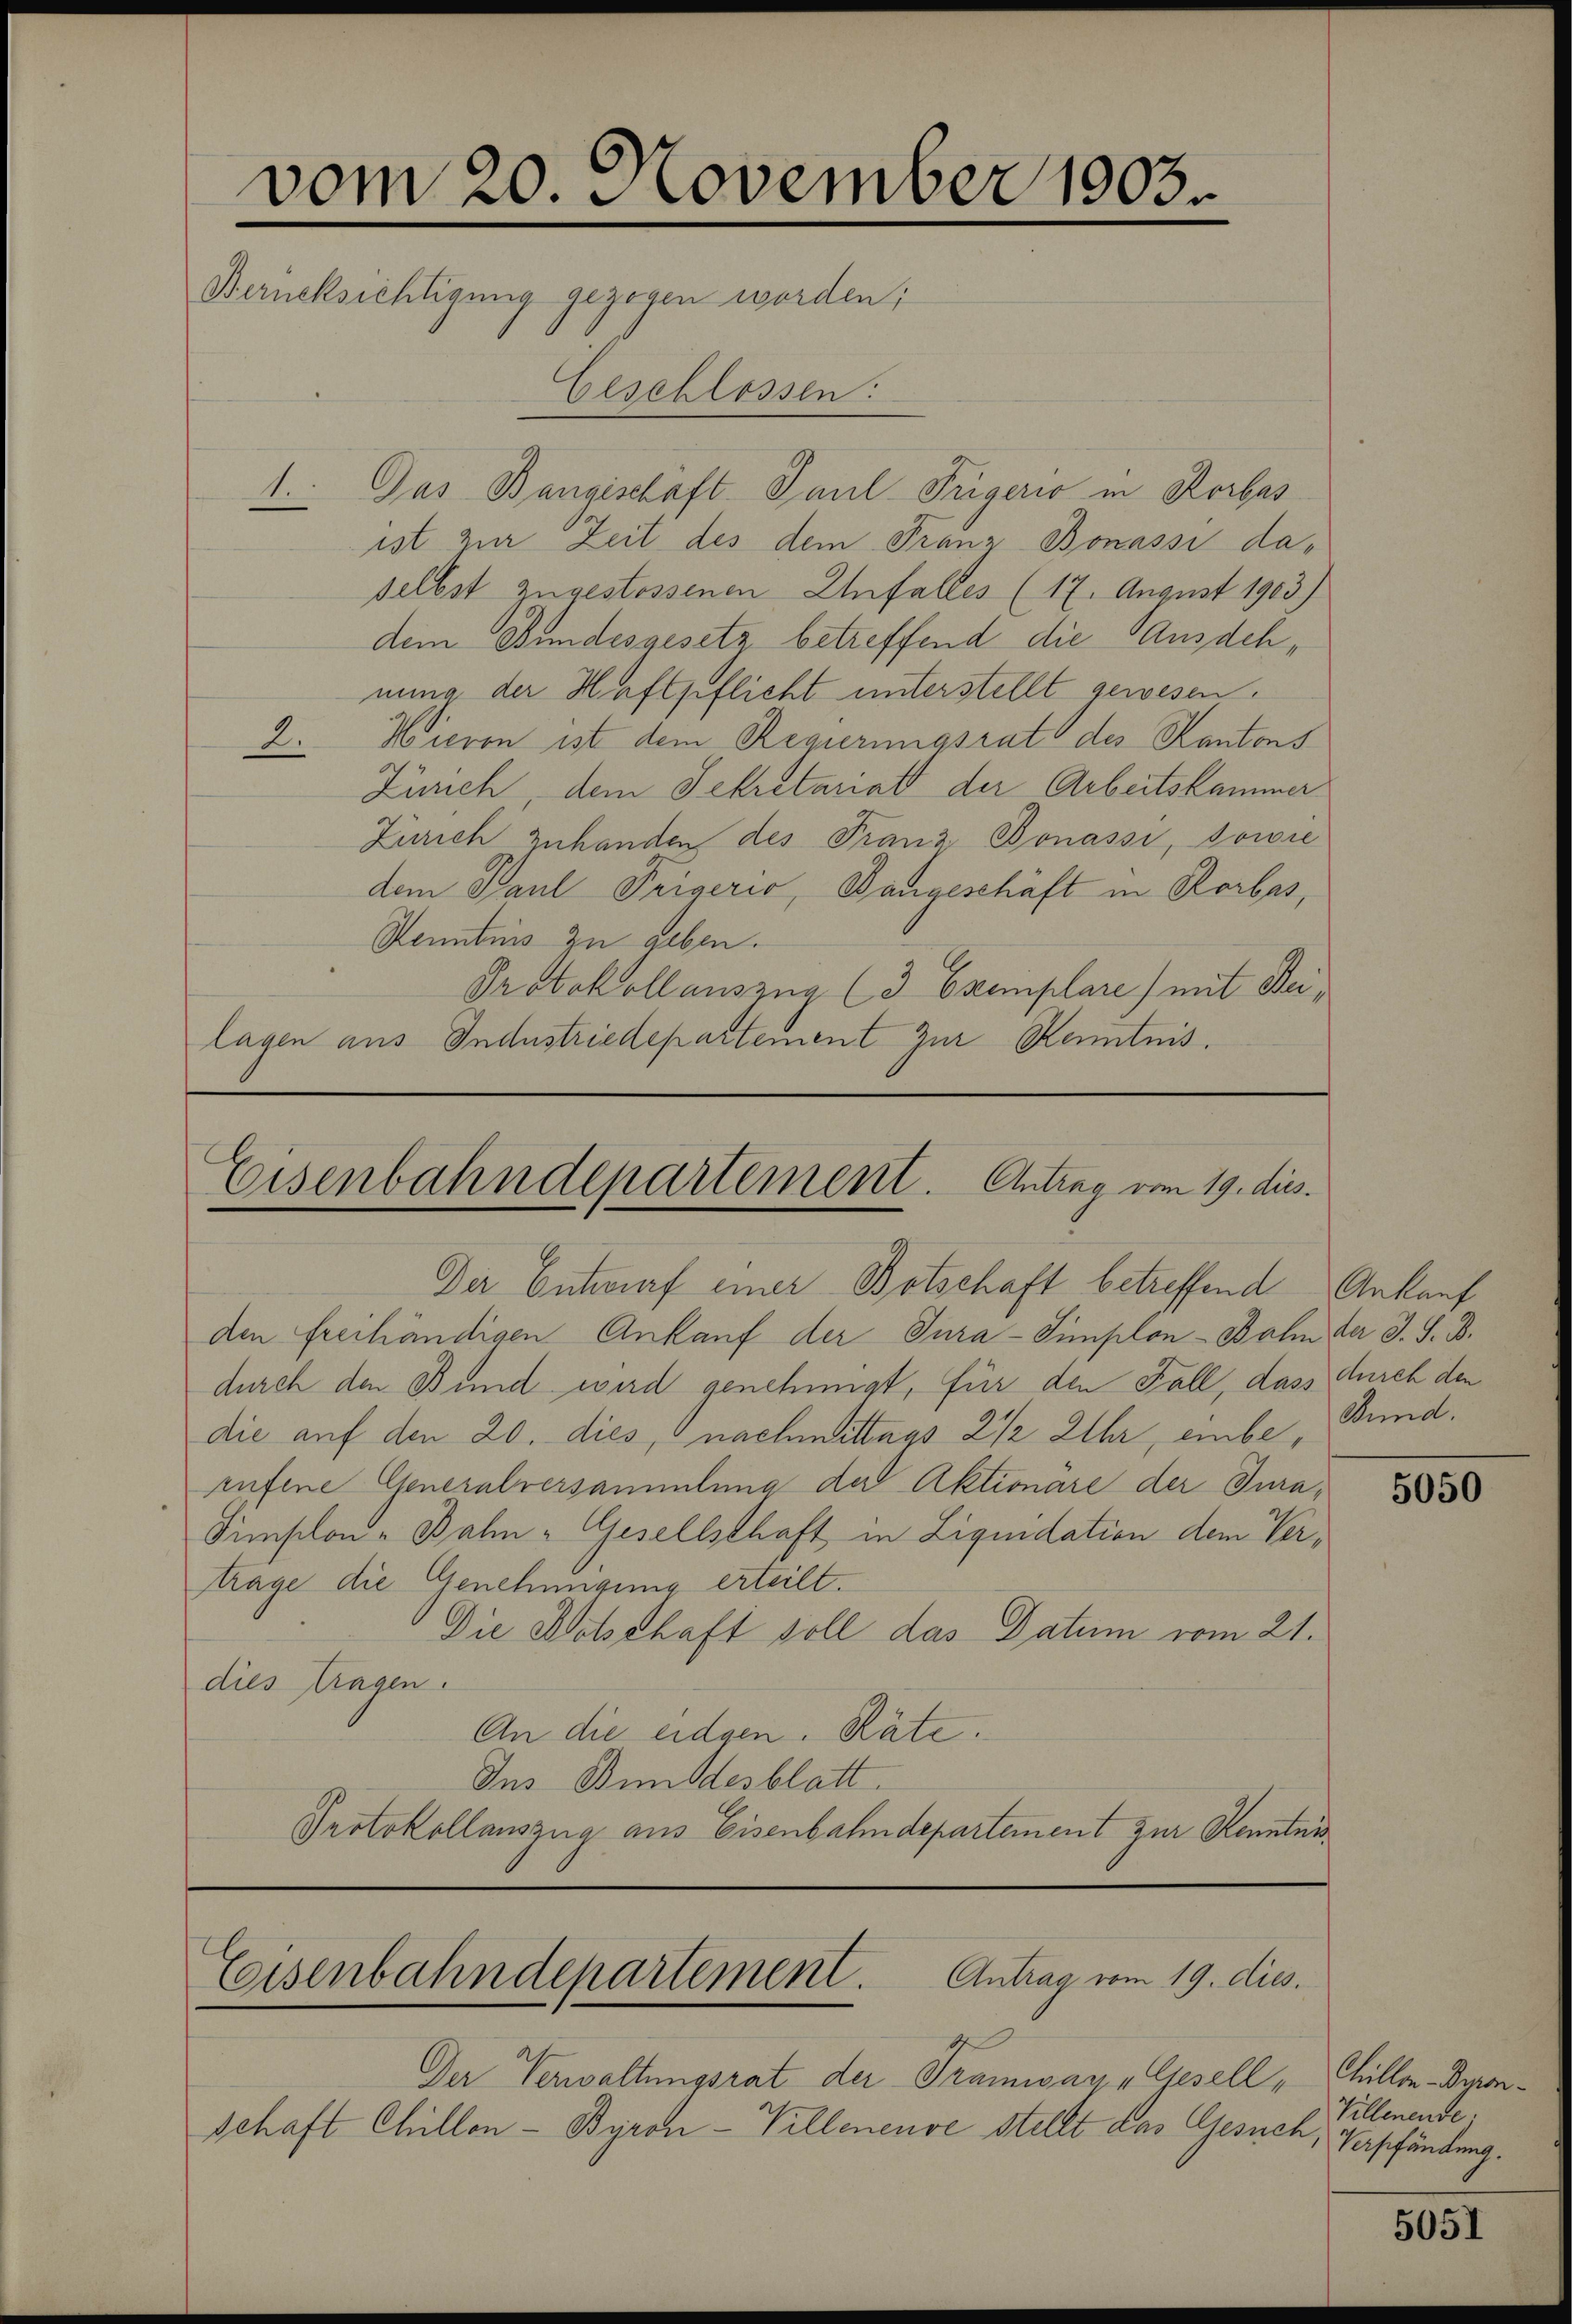
vom 20. November 1803.
Berücksichtigung gezogen worden;
Geschlossen:

1. Das Bangischaft Paul Trigerio in Korbas
ist zur Zeit des dem Franz Bonassi daselbst zugestossenen Unfalles (17. August 1903.)
dem Bundesgesetz betreffend die Ausdehnung der Haftpflicht unterstellt gewesen.
2. Hieren ist dem Regierungsrat des Kantons
Zürich, dem Sekretariat der Arbeitskammer
Zürich Zuhanden des Franz, Bonassi, sowie
dem Paul Trigeris, Bangeschäft in Rorbas,
Kenntnis zu geben.
Protokollauszug (3 Exemplare) mit Beilagen aus Industriedepartement zur Kenntnis.

Der Entwurf einer Botschaft betreffend Ankauf
den freihändigen Ankauf der Tura-Simplon - Bahn der J. S. B.
durch den Bund wird genehmigt, für den Fall, dass durch den
die auf den 20. dies, nachmittags 2 1/2 Uhr, einbe, Bund.
rufene Generalversammlung der Aktionare der Jura¬
Simplon - Bahn-Gesellschaft in Liquidation dem Vertrage die Genehmigung erteilt.
Die Botschaft soll das Datum vom 21.
dies tragen.
An die eidgen. Räte.
Ins Bundesblatt.
Protokollauszug aus Eisenbahndepartement zur Kenntnis

Eisenbahndepartement. Antrag vom 19. dies

Der Verwaltungsrat der Tramway, Gesell „Chillen-Demschaft Chillon - Byron-Villeneuve stellt das Gesuch,

Antrag vom 19. dies
Eisenbahndepartement.

5050

Villenende.
Verpfändung.

5051